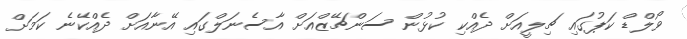
ވޯލްޑް ކަޕުގައި ޗިލީއަށް ދެއްކި ކުޅުން ސަންޗޭޒްއަށް އާސެނަލްގައި އޭނާއަށް ދެއްކޭނެ ކަމަށް